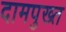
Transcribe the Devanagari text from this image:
दामपुख्त